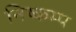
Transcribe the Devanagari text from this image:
निष्कम्प